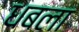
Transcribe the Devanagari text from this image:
धबला